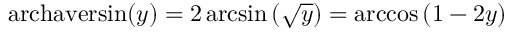
\operatorname { a r c h a v e r s i n } ( y ) = 2 \arcsin \left( { \sqrt { y } } \right) = \operatorname { a r c c o s } \left( 1 - 2 y \right)